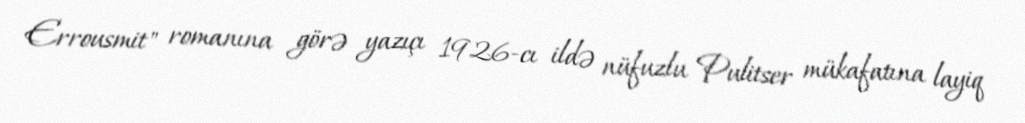
Errousmit" romanına görə yazıçı 1926-cı ildə nüfuzlu Pulitser mükafatına layiq